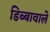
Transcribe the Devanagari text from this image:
डिब्बावाले